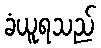
ခံယူရသည်